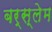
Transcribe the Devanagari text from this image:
बर्स्लेम